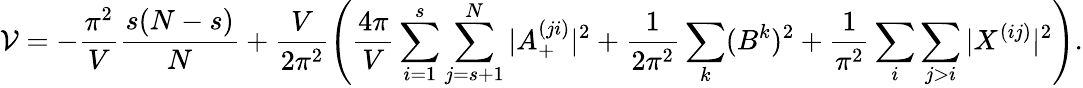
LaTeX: {\cal{V}}=-\frac{\pi^{2}}{V}\frac{s(N-s)}{N}+\frac{V}{2\pi^{2}}\left(\frac{4\pi}{V}\sum_{i=1}^{s}\sum_{j=s+1}^{N}|A_{+}^{(ji)}|^{2}+\frac{1}{2\pi^{2}}\sum_{k}(B^{k})^{2}+\frac{1}{\pi^{2}}\sum_{i}\sum_{j>i}|X^{(ij)}|^{2}\right).